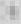
1